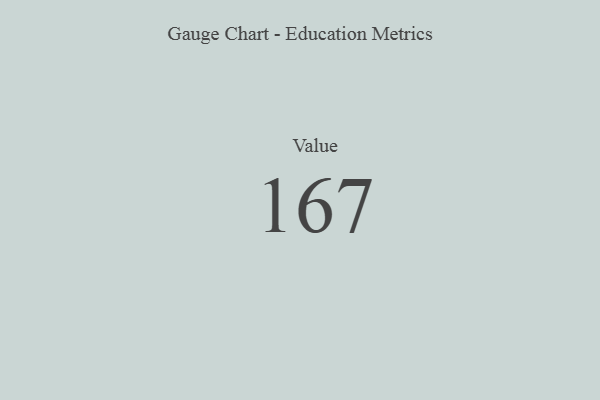
{"axis": {"x": "Metric", "y": "Value"}, "legend": [""], "data": [{"x": "Value", "y": 167, "type": ""}]}